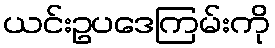
ယင်းဥပဒေကြမ်းကို